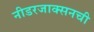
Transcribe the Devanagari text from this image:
नीडरजाक्सनची